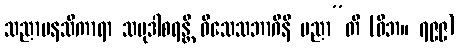
သညာမနသိကာရာ သမုဒါစရန္တိ ဝိသေသဘာဂိနီ ပညာ”တိ (ဝိဘ။ ၇၉၉)